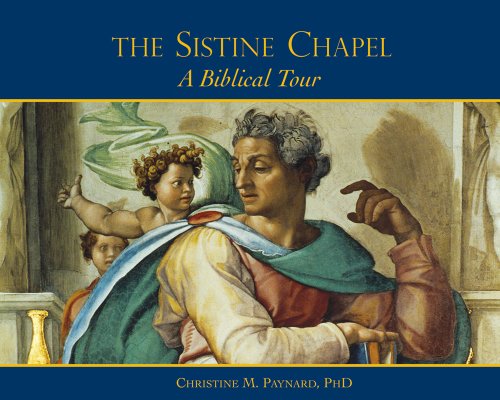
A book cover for Sistine Chapel, The: A Biblical Tour; Christine Panyard PhD; Christian Books & Bibles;